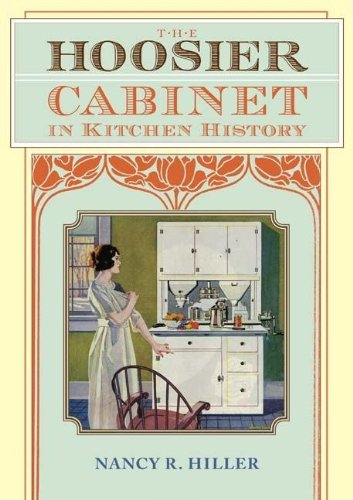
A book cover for The Hoosier Cabinet in Kitchen History; Nancy R. Hiller; Humor & Entertainment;